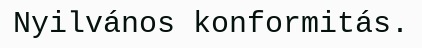
Nyilvános konformitás.